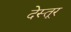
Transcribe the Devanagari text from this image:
देस्तूर